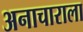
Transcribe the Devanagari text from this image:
अनाचाराला